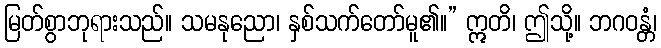
မြတ်စွာဘုရားသည်။ သမနုညော၊ နှစ်သက်တော်မူ၏။” ဣတိ၊ ဤသို့။ ဘဂဝန္တံ၊